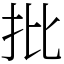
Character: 批